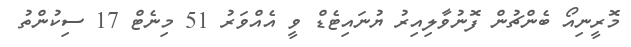
މޮރީނިއޯ ބެންޗުން ފޮނުވާލިއިރު ޔުނައިޓެޑް ވީ އެއްވަރު 51 މިނެޓް 17 ސިކުންތު